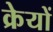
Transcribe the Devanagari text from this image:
क्रेयों